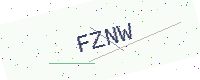
Text: FZNW